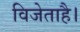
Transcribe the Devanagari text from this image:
विजेताहै।